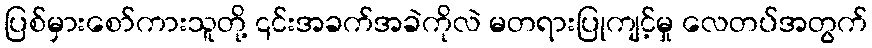
ပြစ်မှားစော်ကားသူတို့ ၎င်းအခက်အခဲကိုလဲ မတရားပြုကျင့်မှု လေတပ်အတွက်